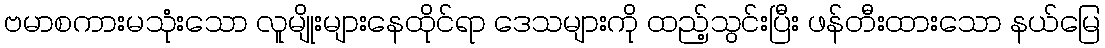
ဗမာစကားမသုံးသော လူမျိုးများနေထိုင်ရာ ဒေသများကို ထည့်သွင်းပြီး ဖန်တီးထားသော နယ်မြေ